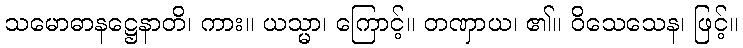
သမောဓာနဋ္ဌေနာတိ၊ ကား။ ယသ္မာ၊ ကြောင့်။ တဏှာယ၊ ၏။ ဝိသေသေန၊ ဖြင့်။